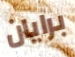
برايان